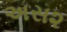
અસ૨